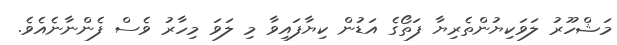
މަޝްހޫރު ލަވަކިޔުންތެރިޔާ ފަތޯގެ އަޑުން ކިޔާފައިވާ މި ލަވަ މިހާރު ވެސް ފެންނާނެއެވެ.